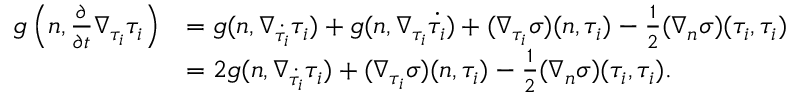
\begin{array} { r l } { g \left( n , \frac { \partial } { \partial t } \nabla _ { \tau _ { i } } \tau _ { i } \right) } & { = g ( n , \nabla _ { \dot { \tau _ { i } } } \tau _ { i } ) + g ( n , \nabla _ { \tau _ { i } } \dot { \tau _ { i } } ) + ( \nabla _ { \tau _ { i } } \sigma ) ( n , \tau _ { i } ) - \frac { 1 } { 2 } ( \nabla _ { n } \sigma ) ( \tau _ { i } , \tau _ { i } ) } \\ & { = 2 g ( n , \nabla _ { \dot { \tau _ { i } } } \tau _ { i } ) + ( \nabla _ { \tau _ { i } } \sigma ) ( n , \tau _ { i } ) - \frac { 1 } { 2 } ( \nabla _ { n } \sigma ) ( \tau _ { i } , \tau _ { i } ) . } \end{array}